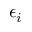
\epsilon _ { i }